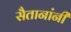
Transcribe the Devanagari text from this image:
सैतानांनी